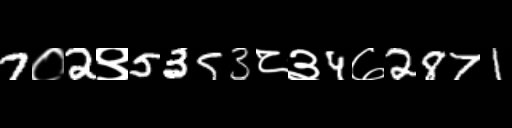
Text: 7०2९5353८३4७2871